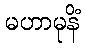
မဟာမုနိံ